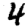
Digit: 4